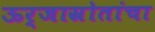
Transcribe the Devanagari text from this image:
ऊर्जास्रोतांचा